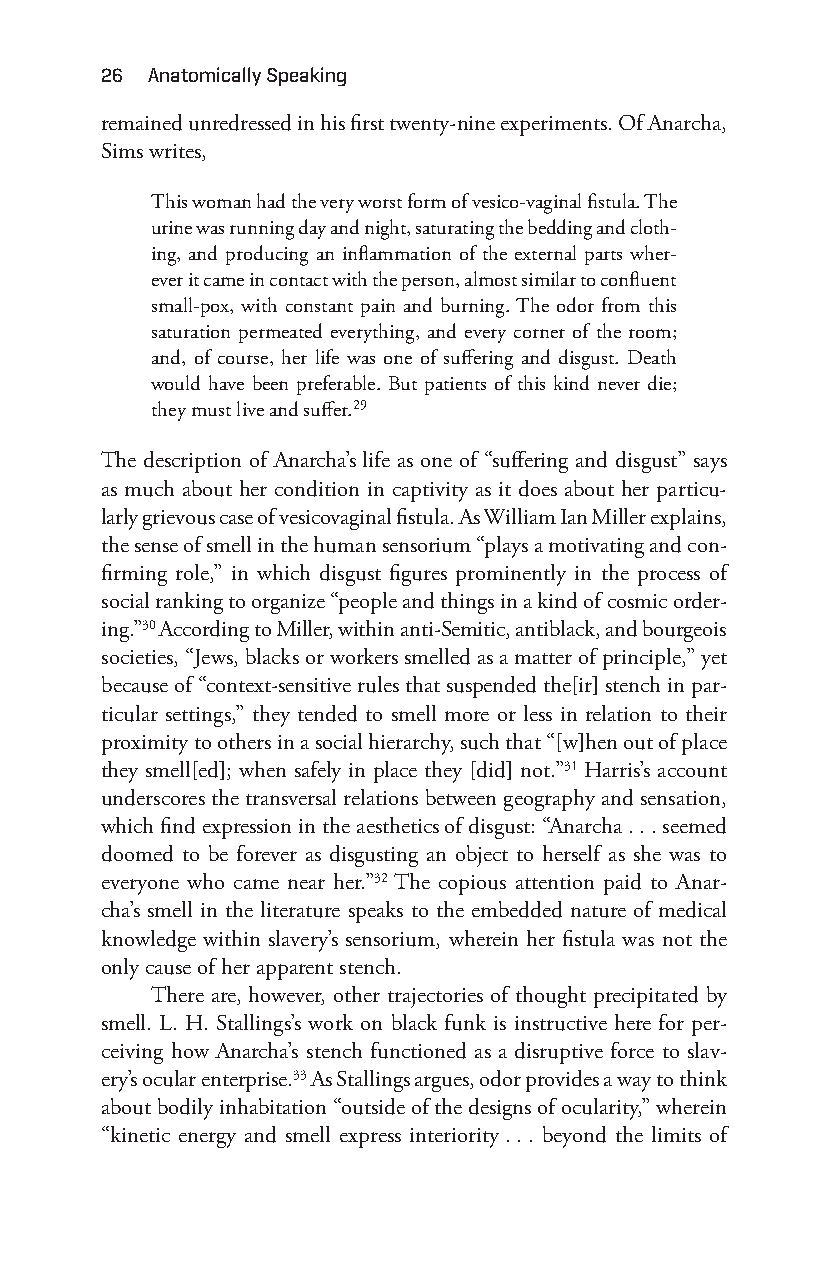
26 anatomically Speaking
 remained unredressed in his first twenty- nine experiments. Of Anarcha,
 Sims writes,
 This woman had the very worst form of vesico-v aginal fistula. The
 urine was running day and night, saturating the bedding and cloth-
 ing, and producing an inflammation of the external parts wher-
 ever it came in contact with the person, almost similar to confluent
 small- pox, with constant pain and burning. The odor from this
 saturation permeated everything, and every corner of the room;
 and, of course, her life was one of suffering and disgust. Death
 would have been preferable. But patients of this kind never die;
 they must live and suffer.29
 The description of Anarcha’s life as one of “suffering and disgust” says
 as much about her condition in captivity as it does about her particu-
 larly grievous case of vesicovaginal fistula. As William Ian Miller explains,
 the sense of smell in the human sensorium “plays a motivating and con-
 firming role,” in which disgust figures prominently in the process of
 social ranking to organize “people and things in a kind of cosmic order-
 ing.”30 According to Miller, within anti- Semitic, antiblack, and bourgeois
 societies, “Jews, blacks or workers smelled as a matter of principle,” yet
 because of “context-s ensitive rules that suspended the[ir] stench in par-
 ticular settings,” they tended to smell more or less in relation to their
 proximity to others in a social hierarchy, such that “[w]hen out of place
 they smell[ed]; when safely in place they [did] not.”31 Harris’s account
 underscores the transversal relations between geography and sensation,
 which find expression in the aesthetics of disgust: “Anarcha . . . seemed
 doomed to be forever as disgusting an object to herself as she was to
 everyone who came near her.”32 The copious attention paid to Anar-
 cha’s smell in the literature speaks to the embedded nature of medical
 knowledge within slavery’s sensorium, wherein her fistula was not the
 only cause of her apparent stench.
 There are, however, other trajectories of thought precipitated by
 smell. L. H. Stallings’s work on black funk is instructive here for per-
 ceiving how Anarcha’s stench functioned as a disruptive force to slav-
 ery’s ocular enterprise.33 As Stallings argues, odor provides a way to think
 about bodily inhabitation “outside of the designs of ocularity,” wherein
 “kinetic energy and smell express interiority . . . beyond the limits of
 Snorton.indd 26                             29/09/2017 8:40:57 AM